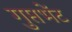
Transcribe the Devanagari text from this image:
गुप्तभेंट